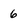
Character: 6